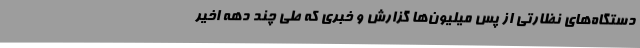
دستگاه‌های نظارتی از پس میلیون‌ها گزارش و خبری که طی چند دهه اخیر